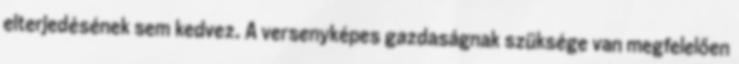
elterjedésének sem kedvez. A versenyképes gazdaságnak szüksége van megfelelően